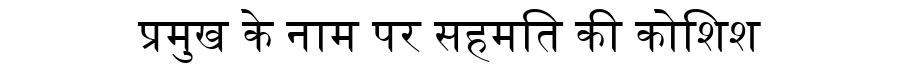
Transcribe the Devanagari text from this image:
प्रमुख के नाम पर सहमति की कोशिश